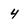
Character: 4